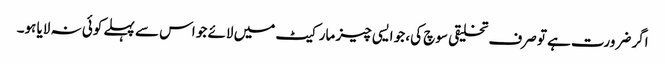
اگر ضرورت ہے تو صرف تخلیقی سوچ کی، جو ایسی چیز مارکیٹ میں لائے جو اس سے پہلے کوئی نہ لایا ہو۔